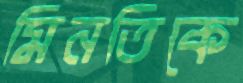
মিনতিকে